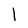
Character: l